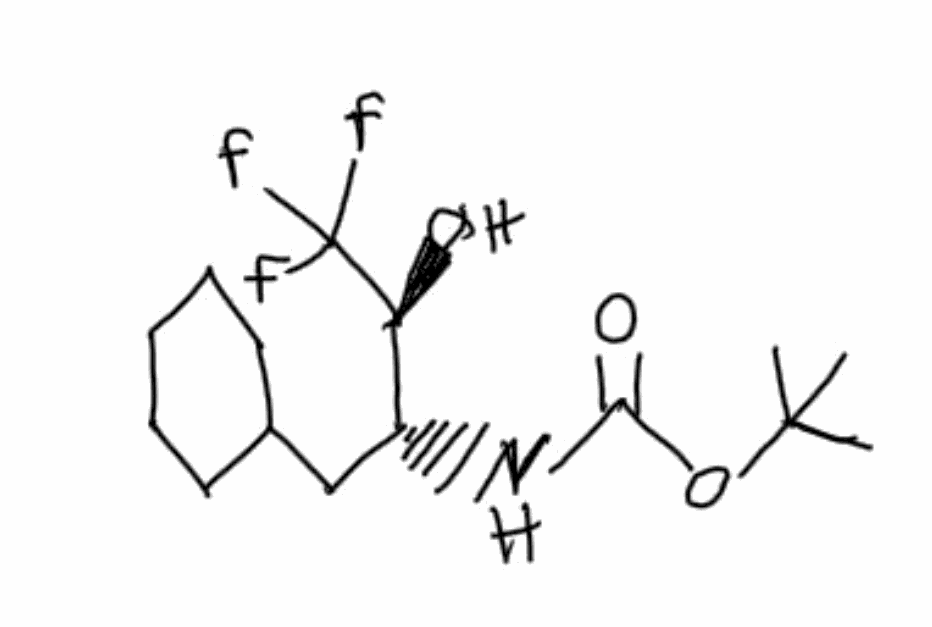
Simplified molecular-input line-entry system (SMILES) notation of the given molecule:
CC(C)(C)OC(=O)N[C@H](CC1CCCCC1)[C@@H](C(F)(F)F)O